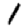
Digit: 1